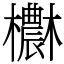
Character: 欁